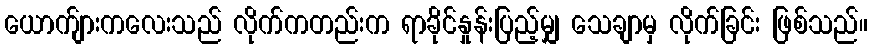
ယောက်ျားကလေးသည် လိုက်ကတည်းက ရာခိုင်နှုန်းပြည့်မျှ သေချာမှ လိုက်ခြင်း ဖြစ်သည်။